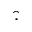
\widehat { \cdot }